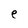
Character: e